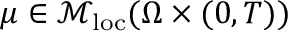
\mu \in \mathcal { M } _ { \mathrm { l o c } } ( \Omega \times ( 0 , T ) )